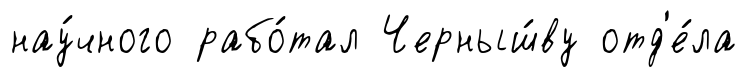
нау́чного рабо́тал Черныш́ву отд'е́ла